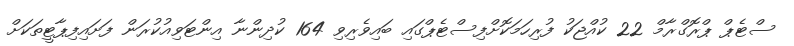
ސްޓެޕް ޕްރޮގްރާމް 22 ކުއްޖަކު ފުރިހަމަކޮށްފިސްޓެޕްގައި ބައިވެރިވި 164 ކުދިންނާ އިންޓަވިއުކުރަން ފަށައިފިޕާޓީތަކަށް